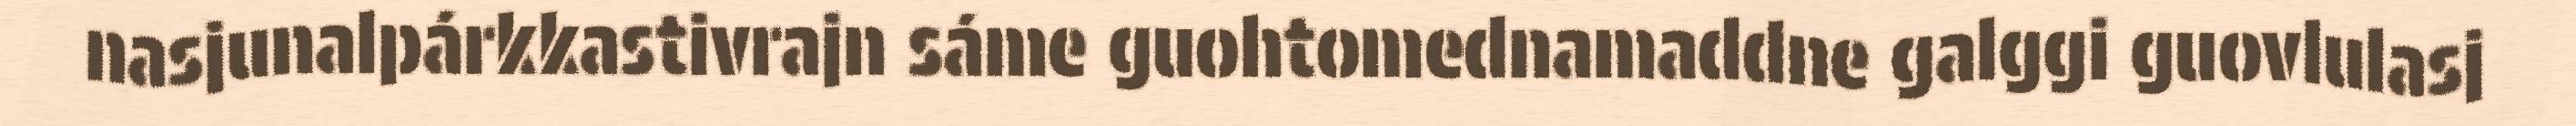
nasjunalpárkkastivrajn sáme guohtomednamaddne galggi guovlulasj